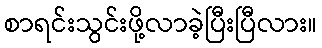
စာရင်းသွင်းဖို့လာခဲ့ပြီးပြီလား။